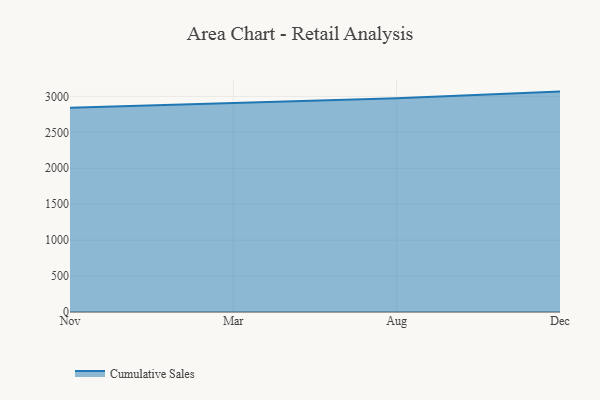
{"axis": {"x": "Month", "y": "Satisfaction Score"}, "legend": ["Cumulative Sales"], "data": [{"x": "Nov", "y": 2842.8, "type": "Cumulative Sales"}, {"x": "Mar", "y": 2906.3, "type": "Cumulative Sales"}, {"x": "Aug", "y": 2973.0, "type": "Cumulative Sales"}, {"x": "Dec", "y": 3066.6, "type": "Cumulative Sales"}]}